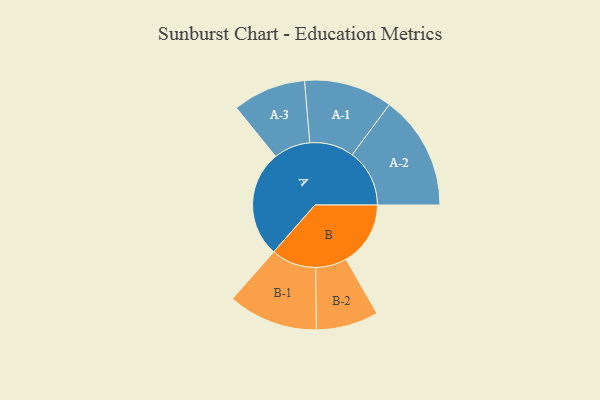
{"axis": {"x": "Segment", "y": "Value"}, "legend": ["", "A", "B"], "data": [{"x": "A", "y": 417, "type": ""}, {"x": "B", "y": 252, "type": ""}, {"x": "A-1", "y": 173, "type": "A"}, {"x": "A-2", "y": 224, "type": "A"}, {"x": "A-3", "y": 143, "type": "A"}, {"x": "B-1", "y": 176, "type": "B"}, {"x": "B-2", "y": 122, "type": "B"}]}